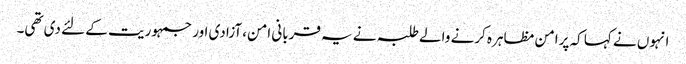
انہوں نے کہا کہ پرامن مظاہرہ کرنے والے طلبہ نے یہ قربانی امن، آزادی اور جمہوریت کے لئے دی تھی۔